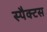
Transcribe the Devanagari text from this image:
स्पैक्टस